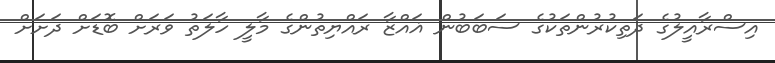
އިސްރާއީލުގެ ދަތިކުރުންތަކުގެ ސަބަބުން ޣައްޒާ ރައްޔިތުންގެ މާލީ ހާލަތު ވަރަށް ބޮޑަށް ދަށަށް